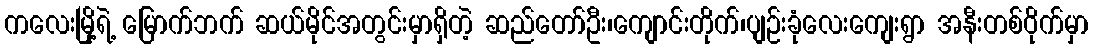
ကလေးမြို့ရဲ့ မြောက်ဘက် ဆယ်မိုင်အတွင်းမှာရှိတဲ့ ဆည်တော်ဦး၊ကျောင်းတိုက်၊ပျဉ်းခုံလေးကျေးရွာ အနီးတစ်ဝိုက်မှာ